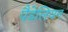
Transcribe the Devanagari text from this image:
पैडेलियन